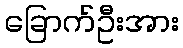
ခြောက်ဦးအား